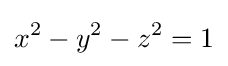
x^{2}-y^{2}-z^{2}=1